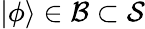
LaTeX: \vert\phi\rangle\in{\mathcal{B}}\subset{\mathcal{S}}